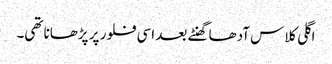
اگلی کلاس آدھا گھنٹے بعد اسی فلور پر پڑھانا تھی۔